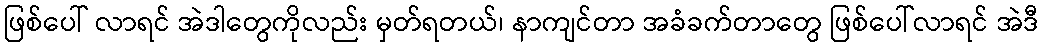
ဖြစ်ပေါ် လာရင် အဲဒါတွေကိုလည်း မှတ်ရတယ်၊ နာကျင်တာ အခံခက်တာတွေ ဖြစ်ပေါ်လာရင် အဲဒီ